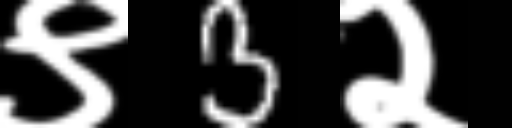
Text: ९3२